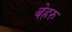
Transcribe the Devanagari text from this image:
बेहरु